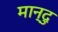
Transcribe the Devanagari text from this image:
मान्दु